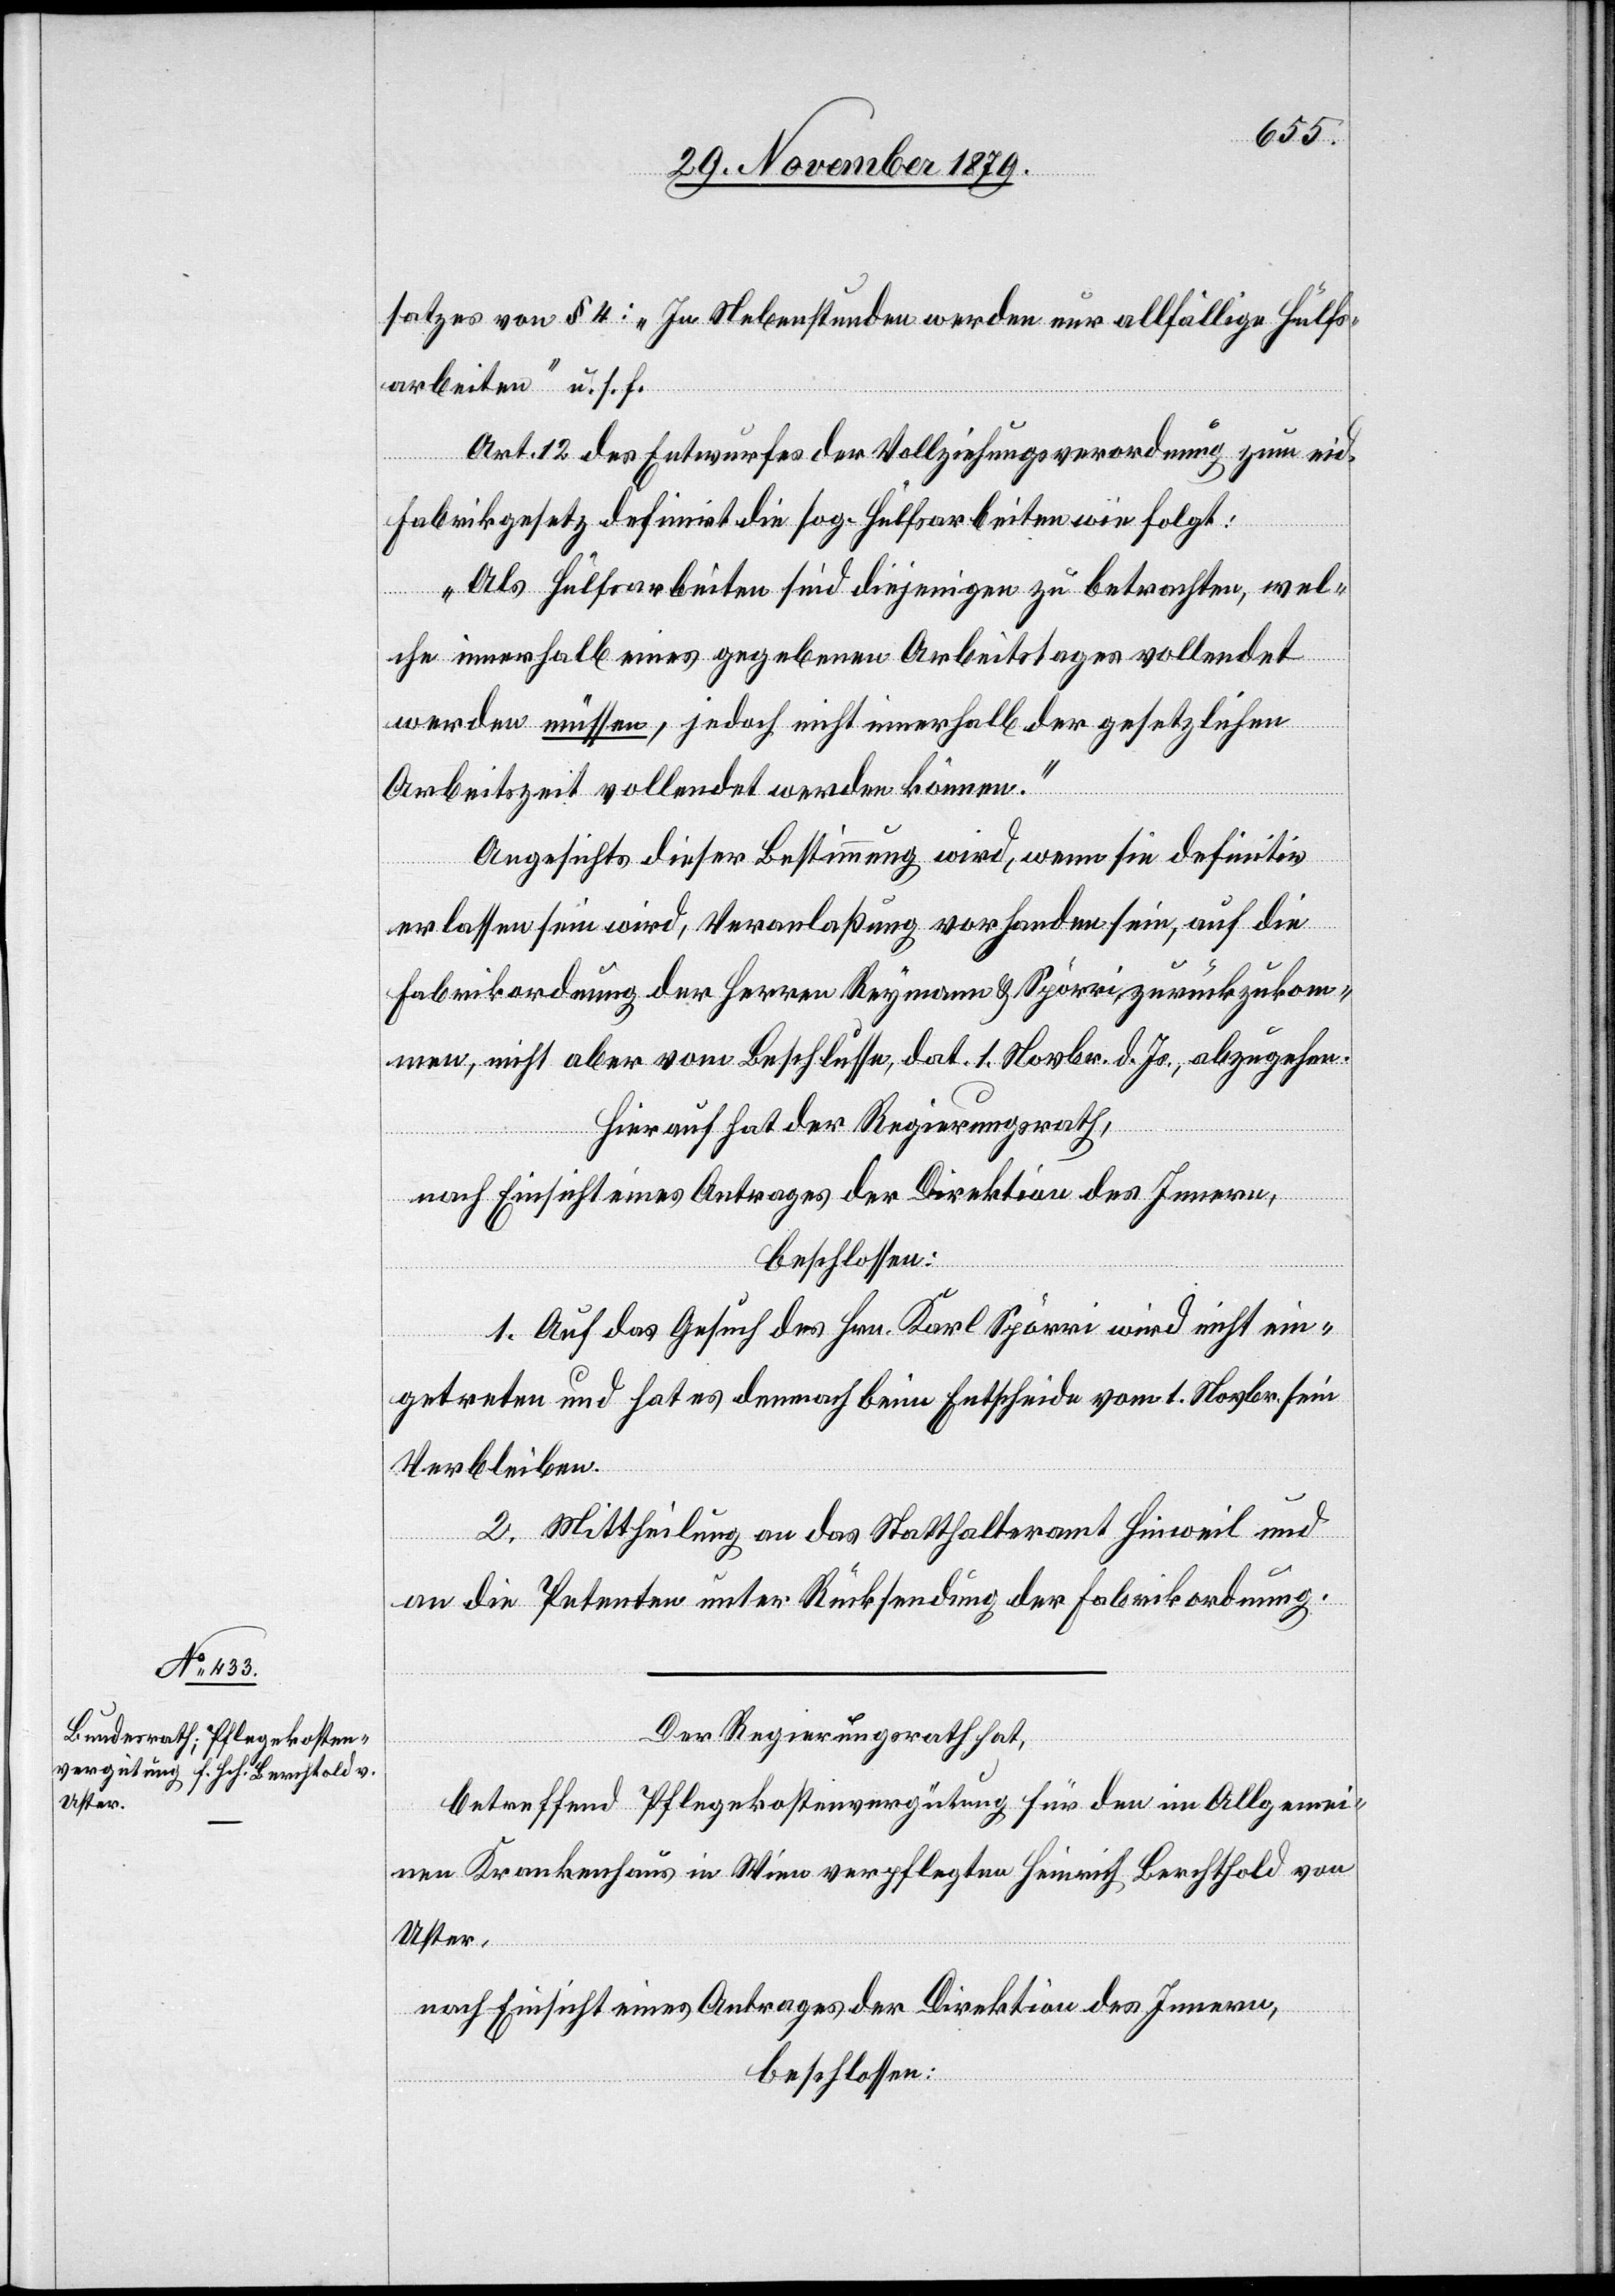
satzes von § 4: „In Nebenstunden werden nur allfällige Hülfs¬
arbeiten“ u. s. f.
Art. 12 des Entwurfes der Vollziehungsverordnung zum eid.
Fabrikgesetz definirt die sog. Hülfsarbeiten wie folgt:
„Als Hülfsarbeiten sind diejenigen zu betrachten, wel¬
che innerhalb eines gegebenen Arbeitstages vollendet
werden müssen, jedoch nicht innerhalb der gesetzlichen
Arbeitszeit vollendet werden können.“
Angesichts dieser Bestimmung wird, wenn sie definitiv
erlassen sein wird, Veranlaßung vorhanden sein, auf die
Fabrikordnung der Herren Reymann & Spörri zurückzukom¬
men, nicht aber vom Beschlusse, dat. 1. Novbr. d. Js., abzugehen.
Hierauf hat der Regierungsrath,
nach Einsicht eines Antrages der Direktion des Innern,
beschlossen:
1. Auf das Gesuch des Hrn. Karl Spörri wird nicht ein¬
getreten und hat es demnach beim Entscheide vom 1. Novbr. sein
Verbleiben.
2. Mittheilung an das Statthalteramt Hinweil und
an die Petenten unter Rücksendung der Fabrikordnung.
Der Regierungsrath hat,
betreffend Pflegekostenvergütung für den im Allgemei¬
nen Krankenhaus in Wien verpflegten Heinrich Berchtold von
Uster,
nach Einsicht eines Antrages der Direktion des Innern,
beschlossen: